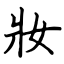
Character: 妝